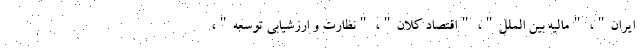
ایران"، "مالیه بین الملل"، "اقتصاد کلان"، "نظارت و ارزشیابی توسعه"،